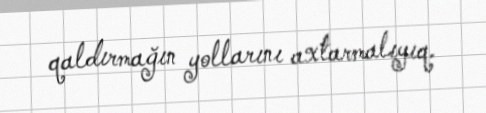
qaldırmağın yollarını axtarmalıyıq.